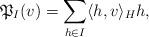
LaTeX: \begin{align*} \mathfrak{P}_I(v) = \sum_{ h \in I } \langle h, v \rangle_H h ,\end{align*}